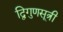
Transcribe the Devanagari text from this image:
द्विगुणसूत्री